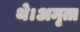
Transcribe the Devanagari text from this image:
थे।अमृता